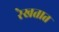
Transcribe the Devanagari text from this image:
रेखतात